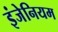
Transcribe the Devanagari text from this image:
इंजेनियम